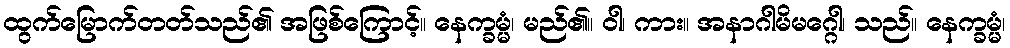
ထွက်မြောက်တတ်သည်၏ အဖြစ်ကြောင့်။ နေက္ခမ္မံ၊ မည်၏။ ဝါ၊ ကား။ အနာဂါမိမဂ္ဂေါ၊ သည်။ နေက္ခမ္မံ၊